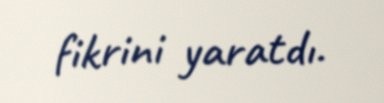
fikrini yaratdı.